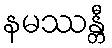
နမဿန္တီ